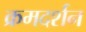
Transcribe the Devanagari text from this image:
क्रमदर्शन